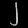
Digit: ၂